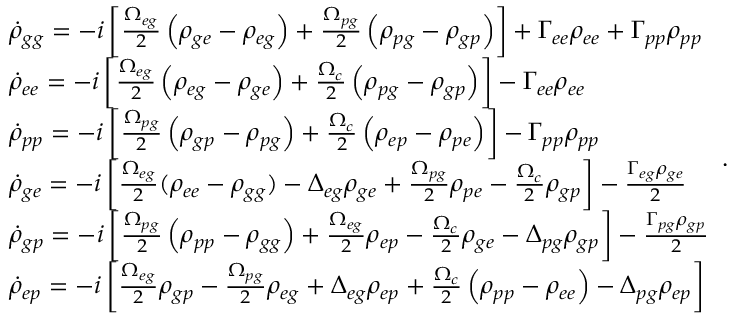
\begin{array} { r l } & { \dot { \rho } _ { g g } = - i \left[ \frac { \Omega _ { e g } } { 2 } \left( \rho _ { g e } - \rho _ { e g } \right) + \frac { \Omega _ { p g } } { 2 } \left( \rho _ { p g } - \rho _ { g p } \right) \right] + \Gamma _ { e e } \rho _ { e e } + \Gamma _ { p p } \rho _ { p p } } \\ & { \dot { \rho } _ { e e } = - i \left[ \frac { \Omega _ { e g } } { 2 } \left( \rho _ { e g } - \rho _ { g e } \right) + \frac { \Omega _ { c } } { 2 } \left( \rho _ { p g } - \rho _ { g p } \right) \right] - \Gamma _ { e e } \rho _ { e e } } \\ & { \dot { \rho } _ { p p } = - i \left[ \frac { \Omega _ { p g } } { 2 } \left( \rho _ { g p } - \rho _ { p g } \right) + \frac { \Omega _ { c } } { 2 } \left( \rho _ { e p } - \rho _ { p e } \right) \right] - \Gamma _ { p p } \rho _ { p p } } \\ & { \dot { \rho } _ { g e } = - i \left[ \frac { \Omega _ { e g } } { 2 } ( \rho _ { e e } - \rho _ { g g } ) - \Delta _ { e g } \rho _ { g e } + \frac { \Omega _ { p g } } { 2 } \rho _ { p e } - \frac { \Omega _ { c } } { 2 } \rho _ { g p } \right] - \frac { \Gamma _ { e g } \rho _ { g e } } { 2 } } \\ & { \dot { \rho } _ { g p } = - i \left[ \frac { \Omega _ { p g } } { 2 } \left( \rho _ { p p } - \rho _ { g g } \right) + \frac { \Omega _ { e g } } { 2 } \rho _ { e p } - \frac { \Omega _ { c } } { 2 } \rho _ { g e } - \Delta _ { p g } \rho _ { g p } \right] - \frac { \Gamma _ { p g } \rho _ { g p } } { 2 } } \\ & { \dot { \rho } _ { e p } = - i \left[ \frac { \Omega _ { e g } } { 2 } \rho _ { g p } - \frac { \Omega _ { p g } } { 2 } \rho _ { e g } + \Delta _ { e g } \rho _ { e p } + \frac { \Omega _ { c } } { 2 } \left( \rho _ { p p } - \rho _ { e e } \right) - \Delta _ { p g } \rho _ { e p } \right] } \end{array} .